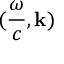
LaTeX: ( { \frac { \omega } { c } } , \mathbf { k } )